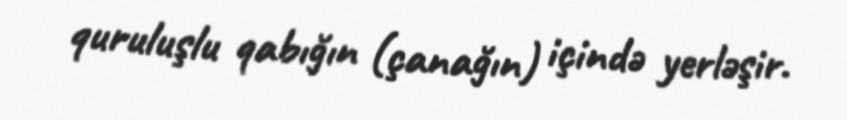
quruluşlu qabığın (çanağın) içində yerləşir.